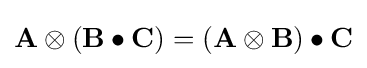
\mathbf {A} \otimes (\mathbf {B} \bullet \mathbf {C} )=(\mathbf {A} \otimes \mathbf {B} )\bullet \mathbf {C}